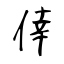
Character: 倖